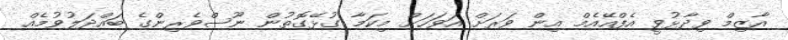
އާޒިމް ވިދާޅުވީ އެފްއޭއެމް އިން ވަރަށް އަވަހަށް މިކަމާ ގުޅޭގޮތުން ނޫސްވެރިންގެ ބައްދަލުވުމެއް